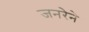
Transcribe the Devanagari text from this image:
जनरेने